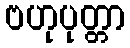
ဗဟုပုတ္တာ